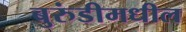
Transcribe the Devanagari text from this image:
बुरुंडीमधील